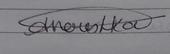
Signature authenticity: genuine